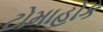
ટોમાહોક